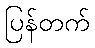
ပြန်တက်